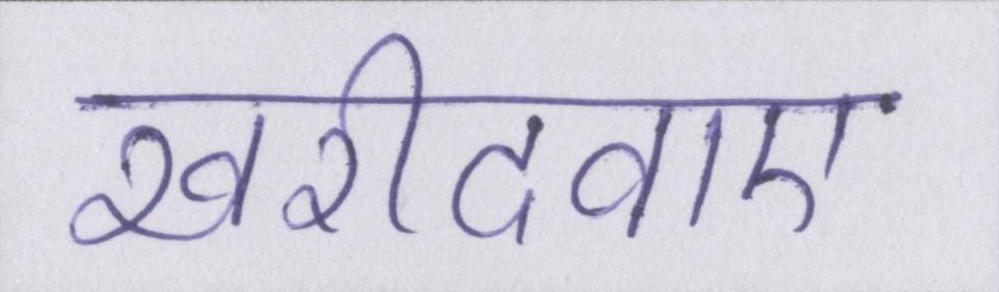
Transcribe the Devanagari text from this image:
खरीदवाए